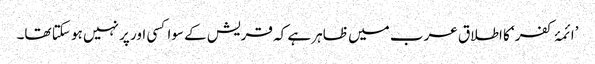
’ائمۂ کفر‘ کا اطلاق عرب میں ظاہر ہے کہ قریش کے سوا کسی اور پر نہیں ہو سکتا تھا۔